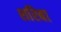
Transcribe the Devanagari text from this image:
शरिबा